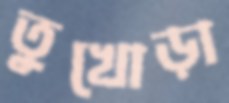
তুখোড়া